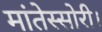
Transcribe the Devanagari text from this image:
मांतेस्सोरी।